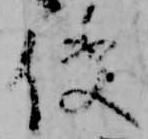
使